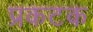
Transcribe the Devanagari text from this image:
प्रकटक